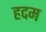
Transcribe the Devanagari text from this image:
हदम